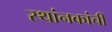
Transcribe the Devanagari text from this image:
स्थांनकांची